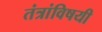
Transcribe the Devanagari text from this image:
तंत्रांविषयी